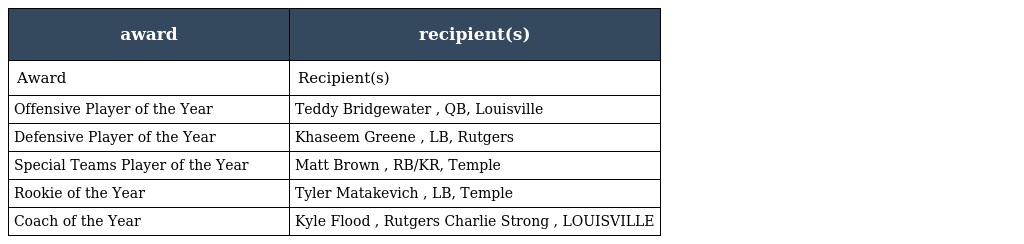
| award | recipient(s) |
 | --- | --- |
 | Award | Recipient(s) |
 | Offensive Player of the Year | Teddy Bridgewater , QB, Louisville |
 | Defensive Player of the Year | Khaseem Greene , LB, Rutgers |
 | Special Teams Player of the Year | Matt Brown , RB/KR, Temple |
 | Rookie of the Year | Tyler Matakevich , LB, Temple |
 | Coach of the Year | Kyle Flood , Rutgers Charlie Strong , LOUISVILLE |